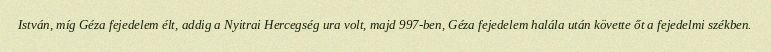
István, míg Géza fejedelem élt, addig a Nyitrai Hercegség ura volt, majd 997-ben, Géza fejedelem halála után követte őt a fejedelmi székben.